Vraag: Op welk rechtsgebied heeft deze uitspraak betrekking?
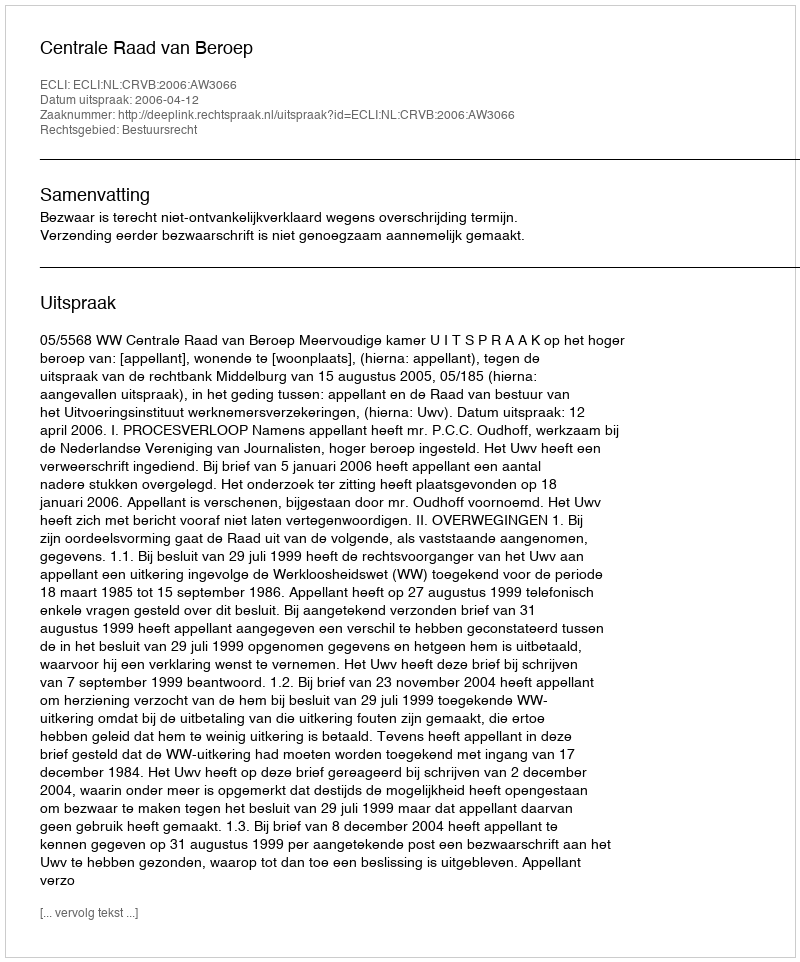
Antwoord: Bestuursrecht